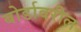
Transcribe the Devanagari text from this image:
बोर्डावरील